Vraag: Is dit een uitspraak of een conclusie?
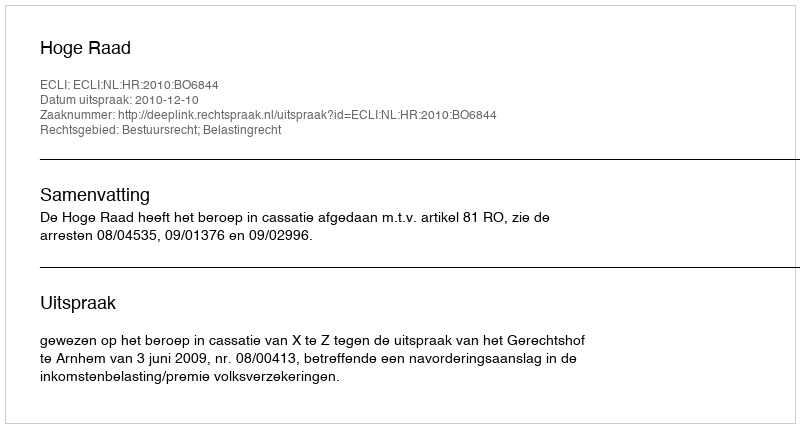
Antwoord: Uitspraak